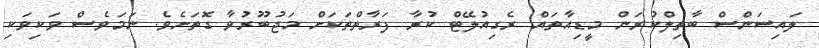
ލައިސަންސް ބާތިލްކުރަން މީޑިއާތައް ރެގިއުލޭޓް ކުރާ ފަރާތްތަކަށް މަޖުބޫރުވާ ގޮތަށެވެ. ނަމަވެސް ވަކިވަކި